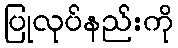
ပြုလုပ်နည်းကို